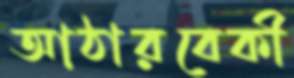
আঠারবেকী